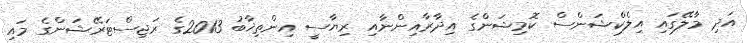
އަދި މާލޭގައި އިލެކްޝަންސް ކޮމިޝަންގެ އިދާރާއިންނާއި ރިޔާސީ އިންތިޚާބު 2013ގެ ރަޖިސްޓަރޭޝަންގެ މައި